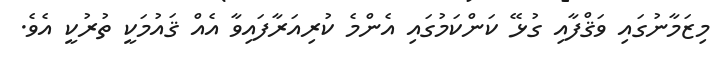
މިޒަމާނުގައި ވަޤްފާއި ގުޅޭ ކަންކަމުގައި އެންމެ ކުރިއަރާފައިވާ އެއް ޤައުމަކީ ތުރުކީ އެވެ.